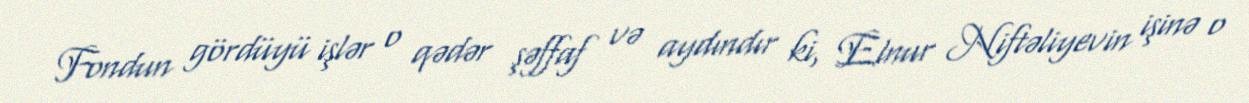
Fondun gördüyü işlər o qədər şəffaf və aydındır ki, Elnur Niftəliyevin işinə o